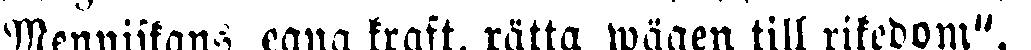
Menniskans egna kraft, rätta wägen till rikedom".